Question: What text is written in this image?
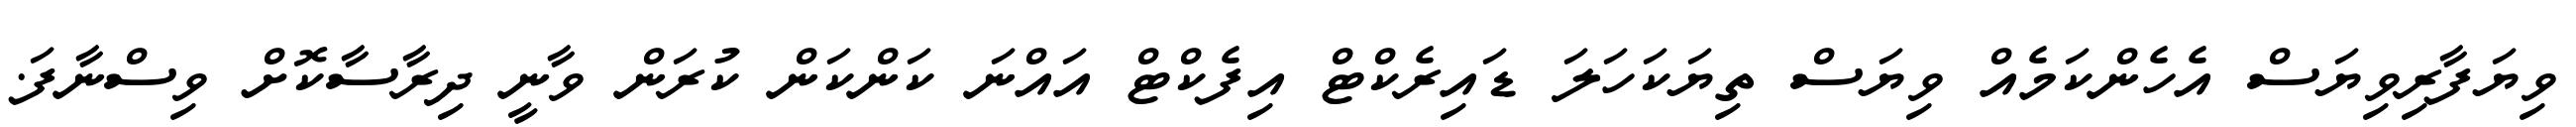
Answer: ވިޔަފާރިވިޔަސް އެހެންކަމެއް ވިޔަސް ތިޔަކަހަލަ ޑައިރެކްޓް އިފެކްޓް އައްނަ ކަންކަން ކުރަން ވާނީ ދިރާސާކޮށް ވިސްނާފަ.